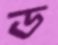
ড